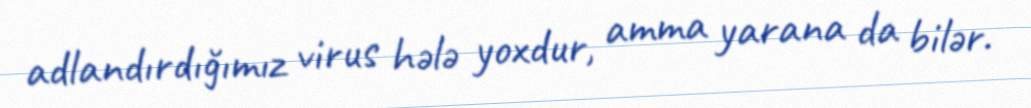
adlandırdığımız virus hələ yoxdur, amma yarana da bilər.